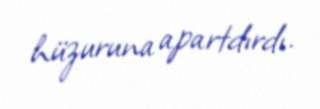
hüzuruna apartdırdı.